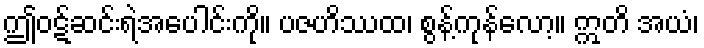
ဤဝဋ်ဆင်းရဲအပေါင်းကို။ ပဇဟိဿထ၊ စွန့်ကုန်လော့။ ဣတိ အယံ၊